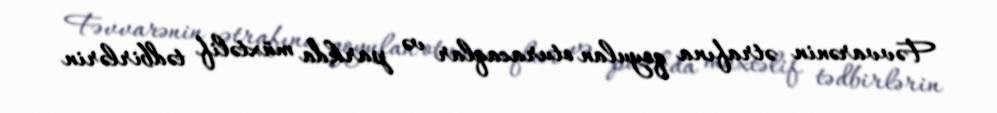
Fəvvarənin ətrafına qoyulan oturacaqlar və parkda müxtəlif tədbirlərin